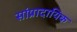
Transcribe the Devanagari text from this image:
सांप्रादायिक